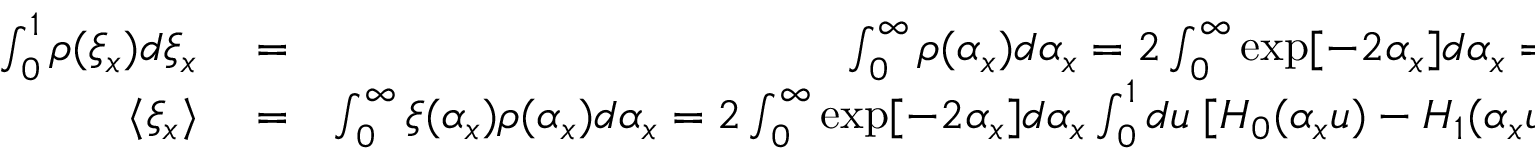
\begin{array} { r l r } { \int _ { 0 } ^ { 1 } \rho ( \xi _ { x } ) d \xi _ { x } } & { { } = } & { \int _ { 0 } ^ { \infty } \rho ( \alpha _ { x } ) d \alpha _ { x } = 2 \int _ { 0 } ^ { \infty } \exp [ - 2 \alpha _ { x } ] d \alpha _ { x } = 1 } \\ { \langle \xi _ { x } \rangle } & { { } = } & { \int _ { 0 } ^ { \infty } \xi ( \alpha _ { x } ) \rho ( \alpha _ { x } ) d \alpha _ { x } = 2 \int _ { 0 } ^ { \infty } \exp [ - 2 \alpha _ { x } ] d \alpha _ { x } \int _ { 0 } ^ { 1 } d u \; [ H _ { 0 } ( \alpha _ { x } u ) - H _ { 1 } ( \alpha _ { x } u ) ] } \end{array}